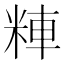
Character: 𱹄